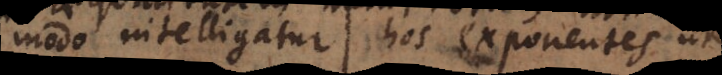
modo intelligatur hos exponentes ut